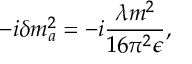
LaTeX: - i \delta m _ { a } ^ { 2 } = - i \frac { \lambda m ^ { 2 } } { 1 6 \pi ^ { 2 } \epsilon } ,